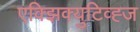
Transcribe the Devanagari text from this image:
एक्झिक्युटिव्ह्ज